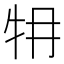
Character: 𤘟